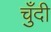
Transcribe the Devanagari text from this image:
चुँदी